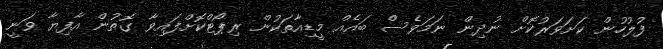
ފުލުހުން ކަށަވަރުކޮށް ނުދިން ނަމަވެސް ބައެއް މީޑިއާތަކުން ރިޕޯޓްކޮށްފައިވާ ގޮތުން އާފިޔާ ވަނީ